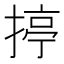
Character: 揨